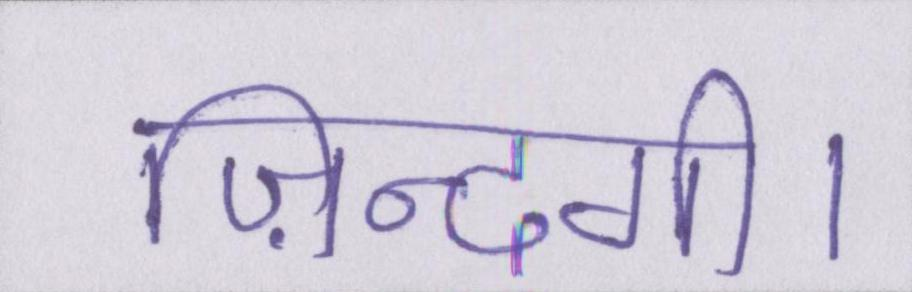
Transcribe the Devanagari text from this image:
ज़िन्दगी।